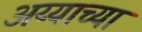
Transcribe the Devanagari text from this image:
अय्याच्या